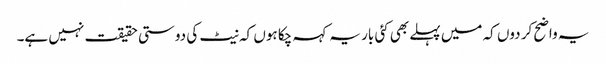
یہ واضح کر دوں کہ میں پہلے بھی کئی بار یہ کہہ چکا ہوں کہ نیٹ کی دوستی حقیقت نہیں ہے۔